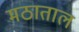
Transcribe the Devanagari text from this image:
मठाताल